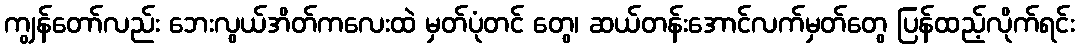
ကျွန်တော်လည်း ဘေးလွယ်အိတ်ကလေးထဲ မှတ်ပုံတင် တွေ၊ ဆယ်တန်းအောင်လက်မှတ်တွေ ပြန်ထည့်လိုက်ရင်း